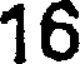
16